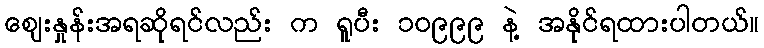
ဈေးနှုန်းအရဆိုရင်လည်း က ရူပီး ၁၀၉၉၉ နဲ့ အနိုင်ရထားပါတယ်။